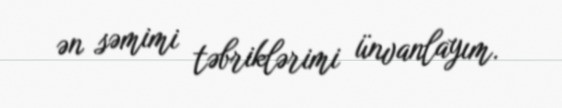
ən səmimi təbriklərimi ünvanlayım.